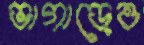
ভাগাড়েও